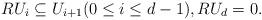
LaTeX: \begin{align*}R U_i \subseteq U_{i+1} (0 \leq i \leq d-1), RU_d=0.\end{align*}